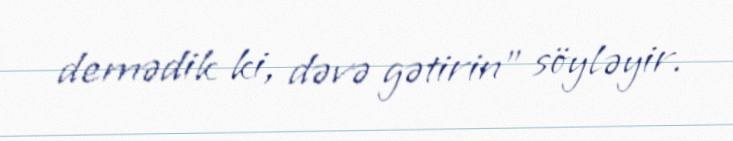
demədik ki, dəvə gətirin” söyləyir.